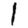
Digit: 1